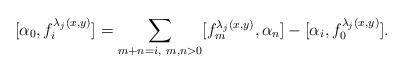
LaTeX: \begin{align*} [\alpha_0,f_i^{\lambda_j(x,y)}]=\sum_{m+n=i,~m,n>0}[f_m^{\lambda_j(x,y)},\alpha_n]-[\alpha_i,f_0^{\lambda_j(x,y)}].\end{align*}